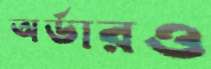
অর্ডারও